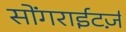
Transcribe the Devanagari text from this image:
सोंगराईटर्ज़